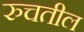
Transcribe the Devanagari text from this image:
रुचतील